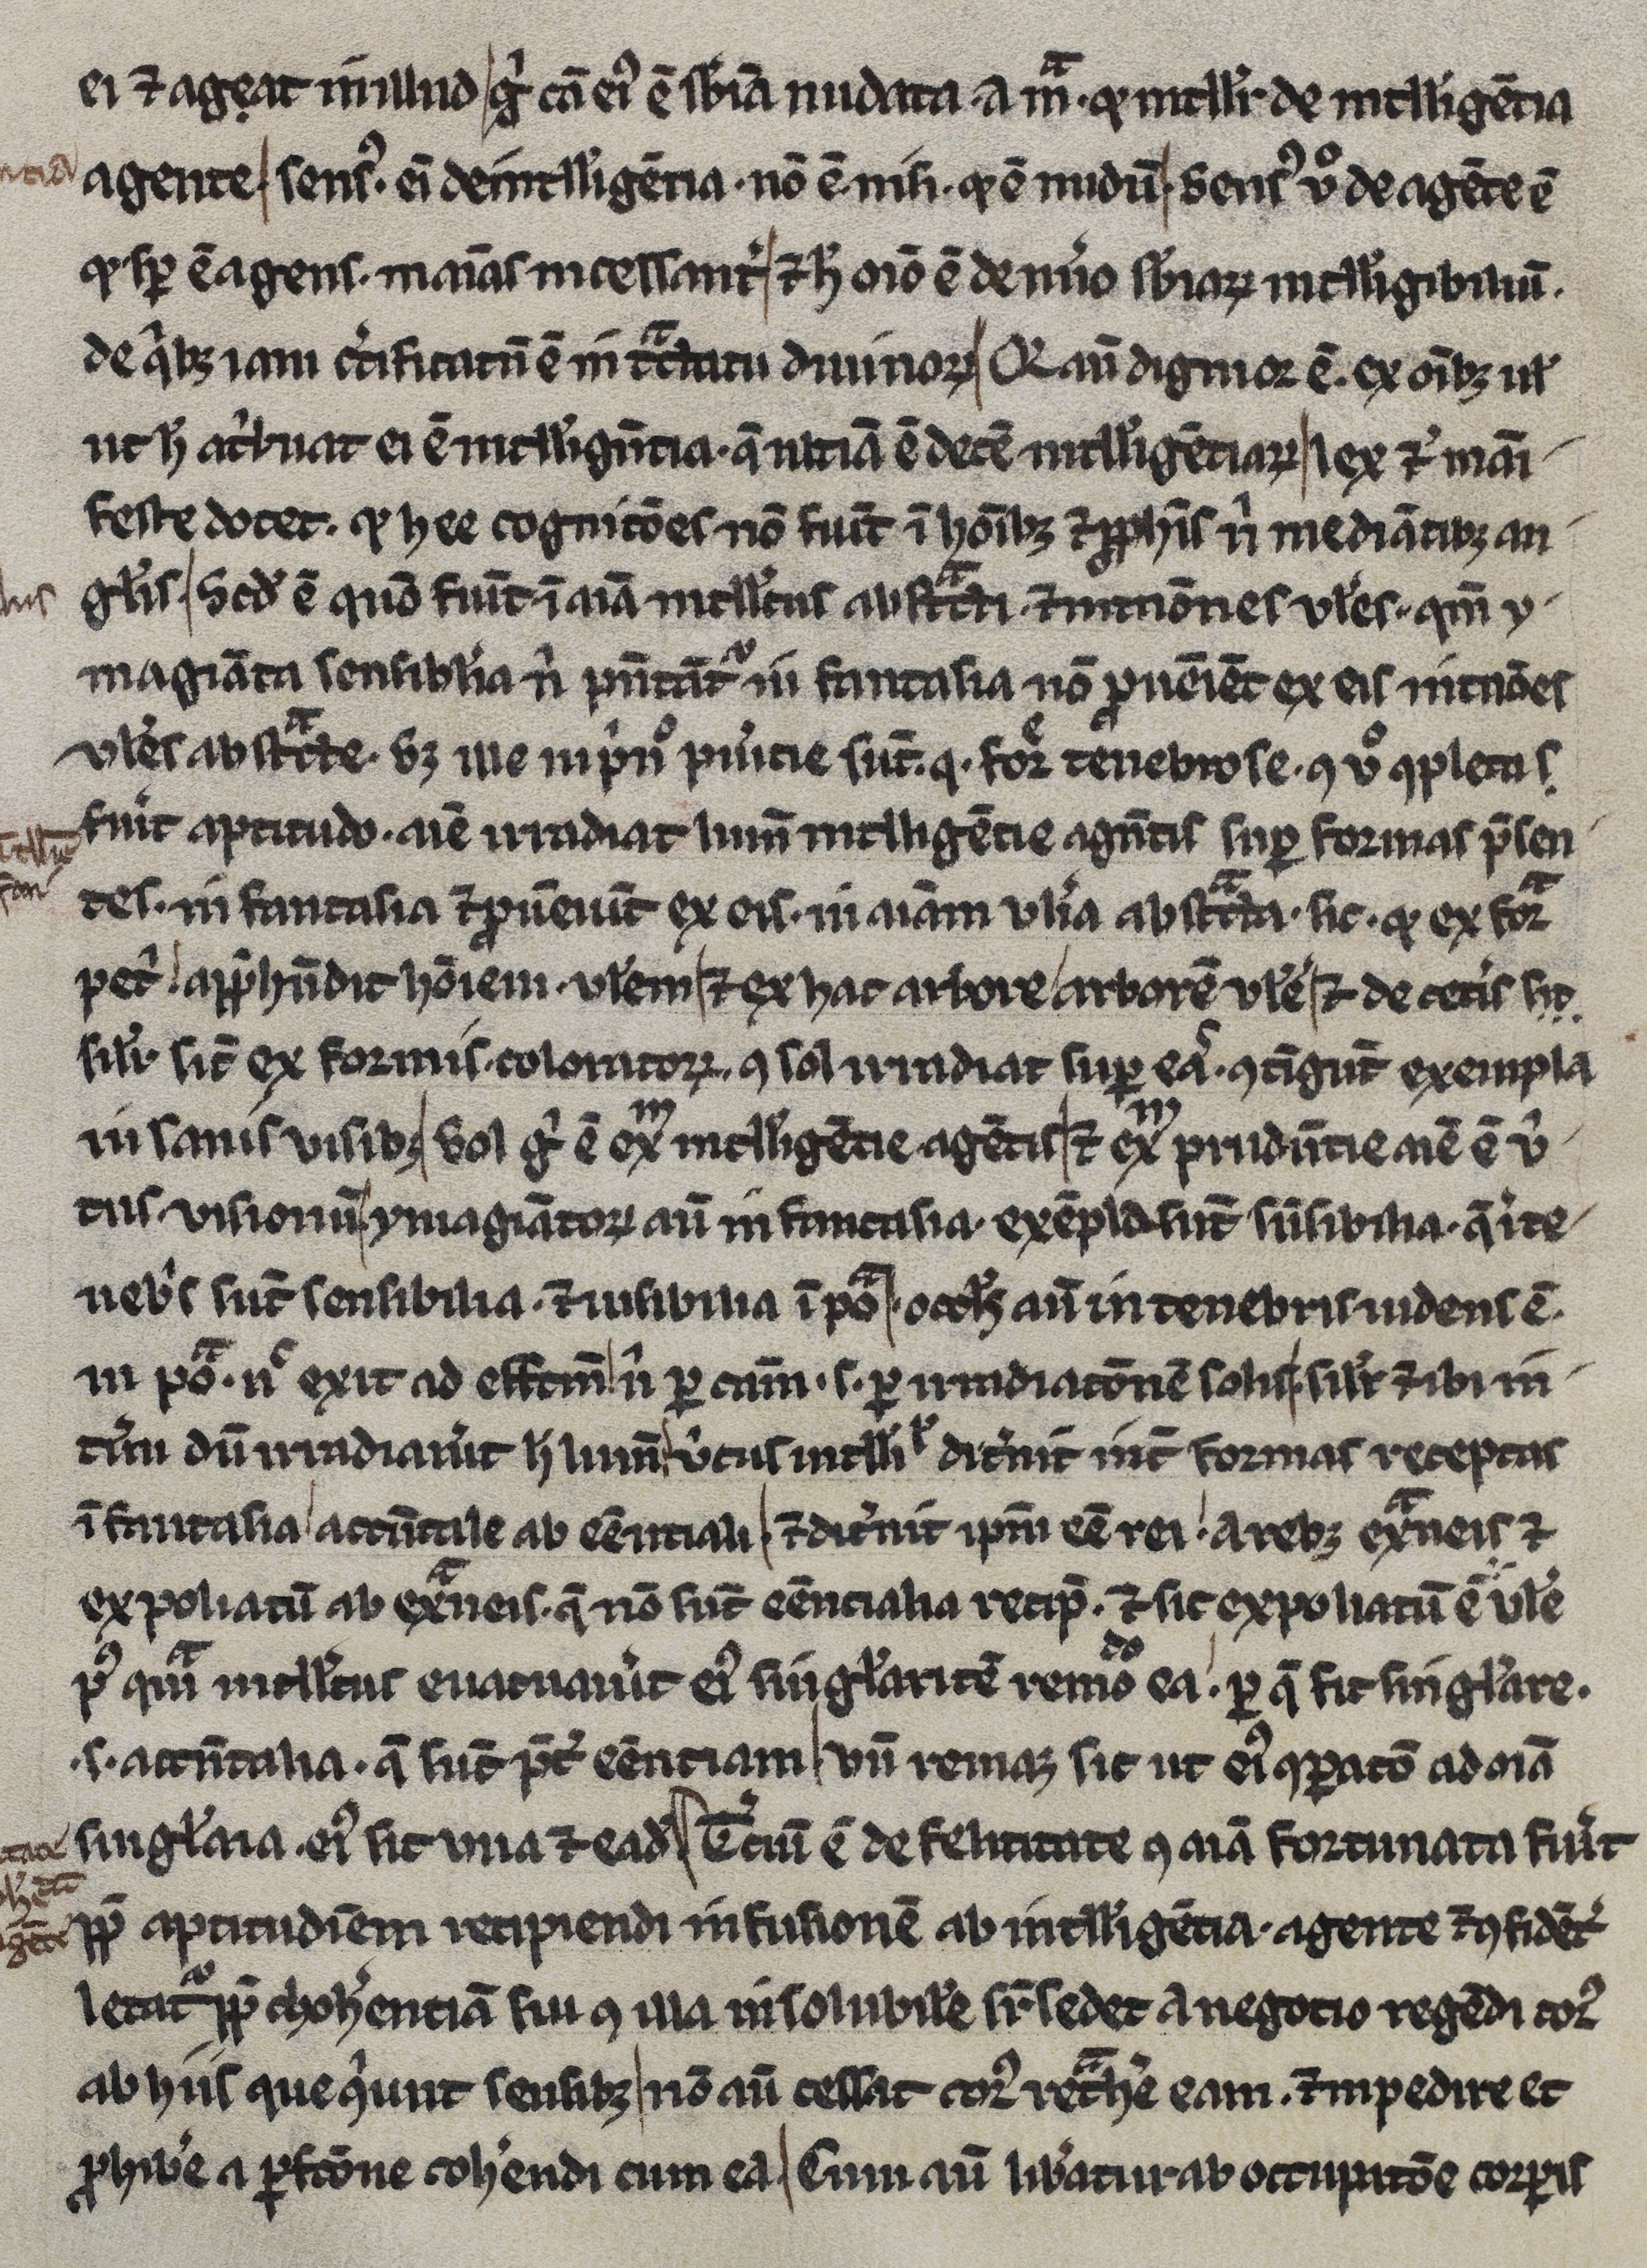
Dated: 1245–1255